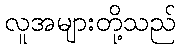
လူအများတို့သည်